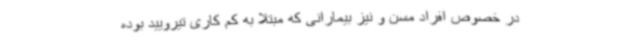
در خصوص افراد مسن و نیز بیمارانی که مبتلا به کم کاری تیرویید بوده